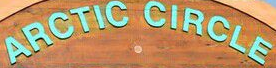
ARCTIC CIRCLE